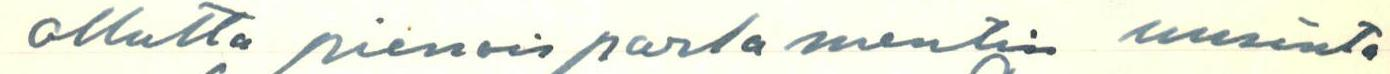
ollutta pienoisparlamentin uusinta